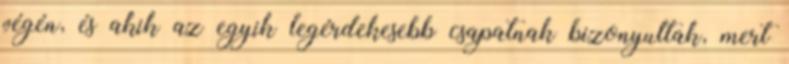
végén, és akik az egyik legérdekesebb csapatnak bizonyultak, mert